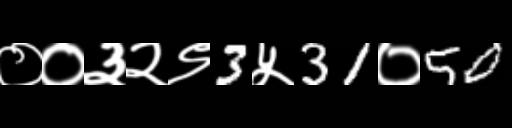
Text: ००३२९3५31०50